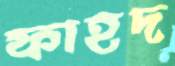
ফাহদ